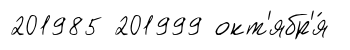
201985 201999 окт'ябр'я́